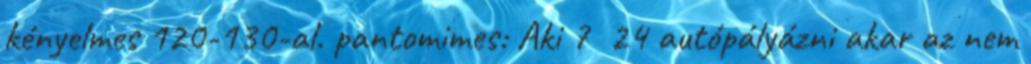
kényelmes 120-130-al. pantomimes: Aki 7 24 autópályázni akar az nem